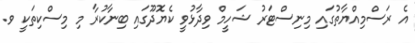
އެ ރަސްމިއްޔާތުގައި މިނިސްޓަރު ޝަހީމް ވިދާޅުވީ ކެޔޮދޫގައި ބިނާކުރާ މި މިސްކިތަކީ ވ.